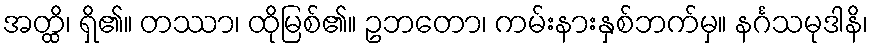
အတ္ထိ၊ ရှိ၏။ တဿာ၊ ထိုမြစ်၏။ ဥဘတော၊ ကမ်းနားနှစ်ဘက်မှ။ နင်္ဂသမုဒါနိ၊